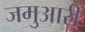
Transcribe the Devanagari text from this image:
जमुआरी